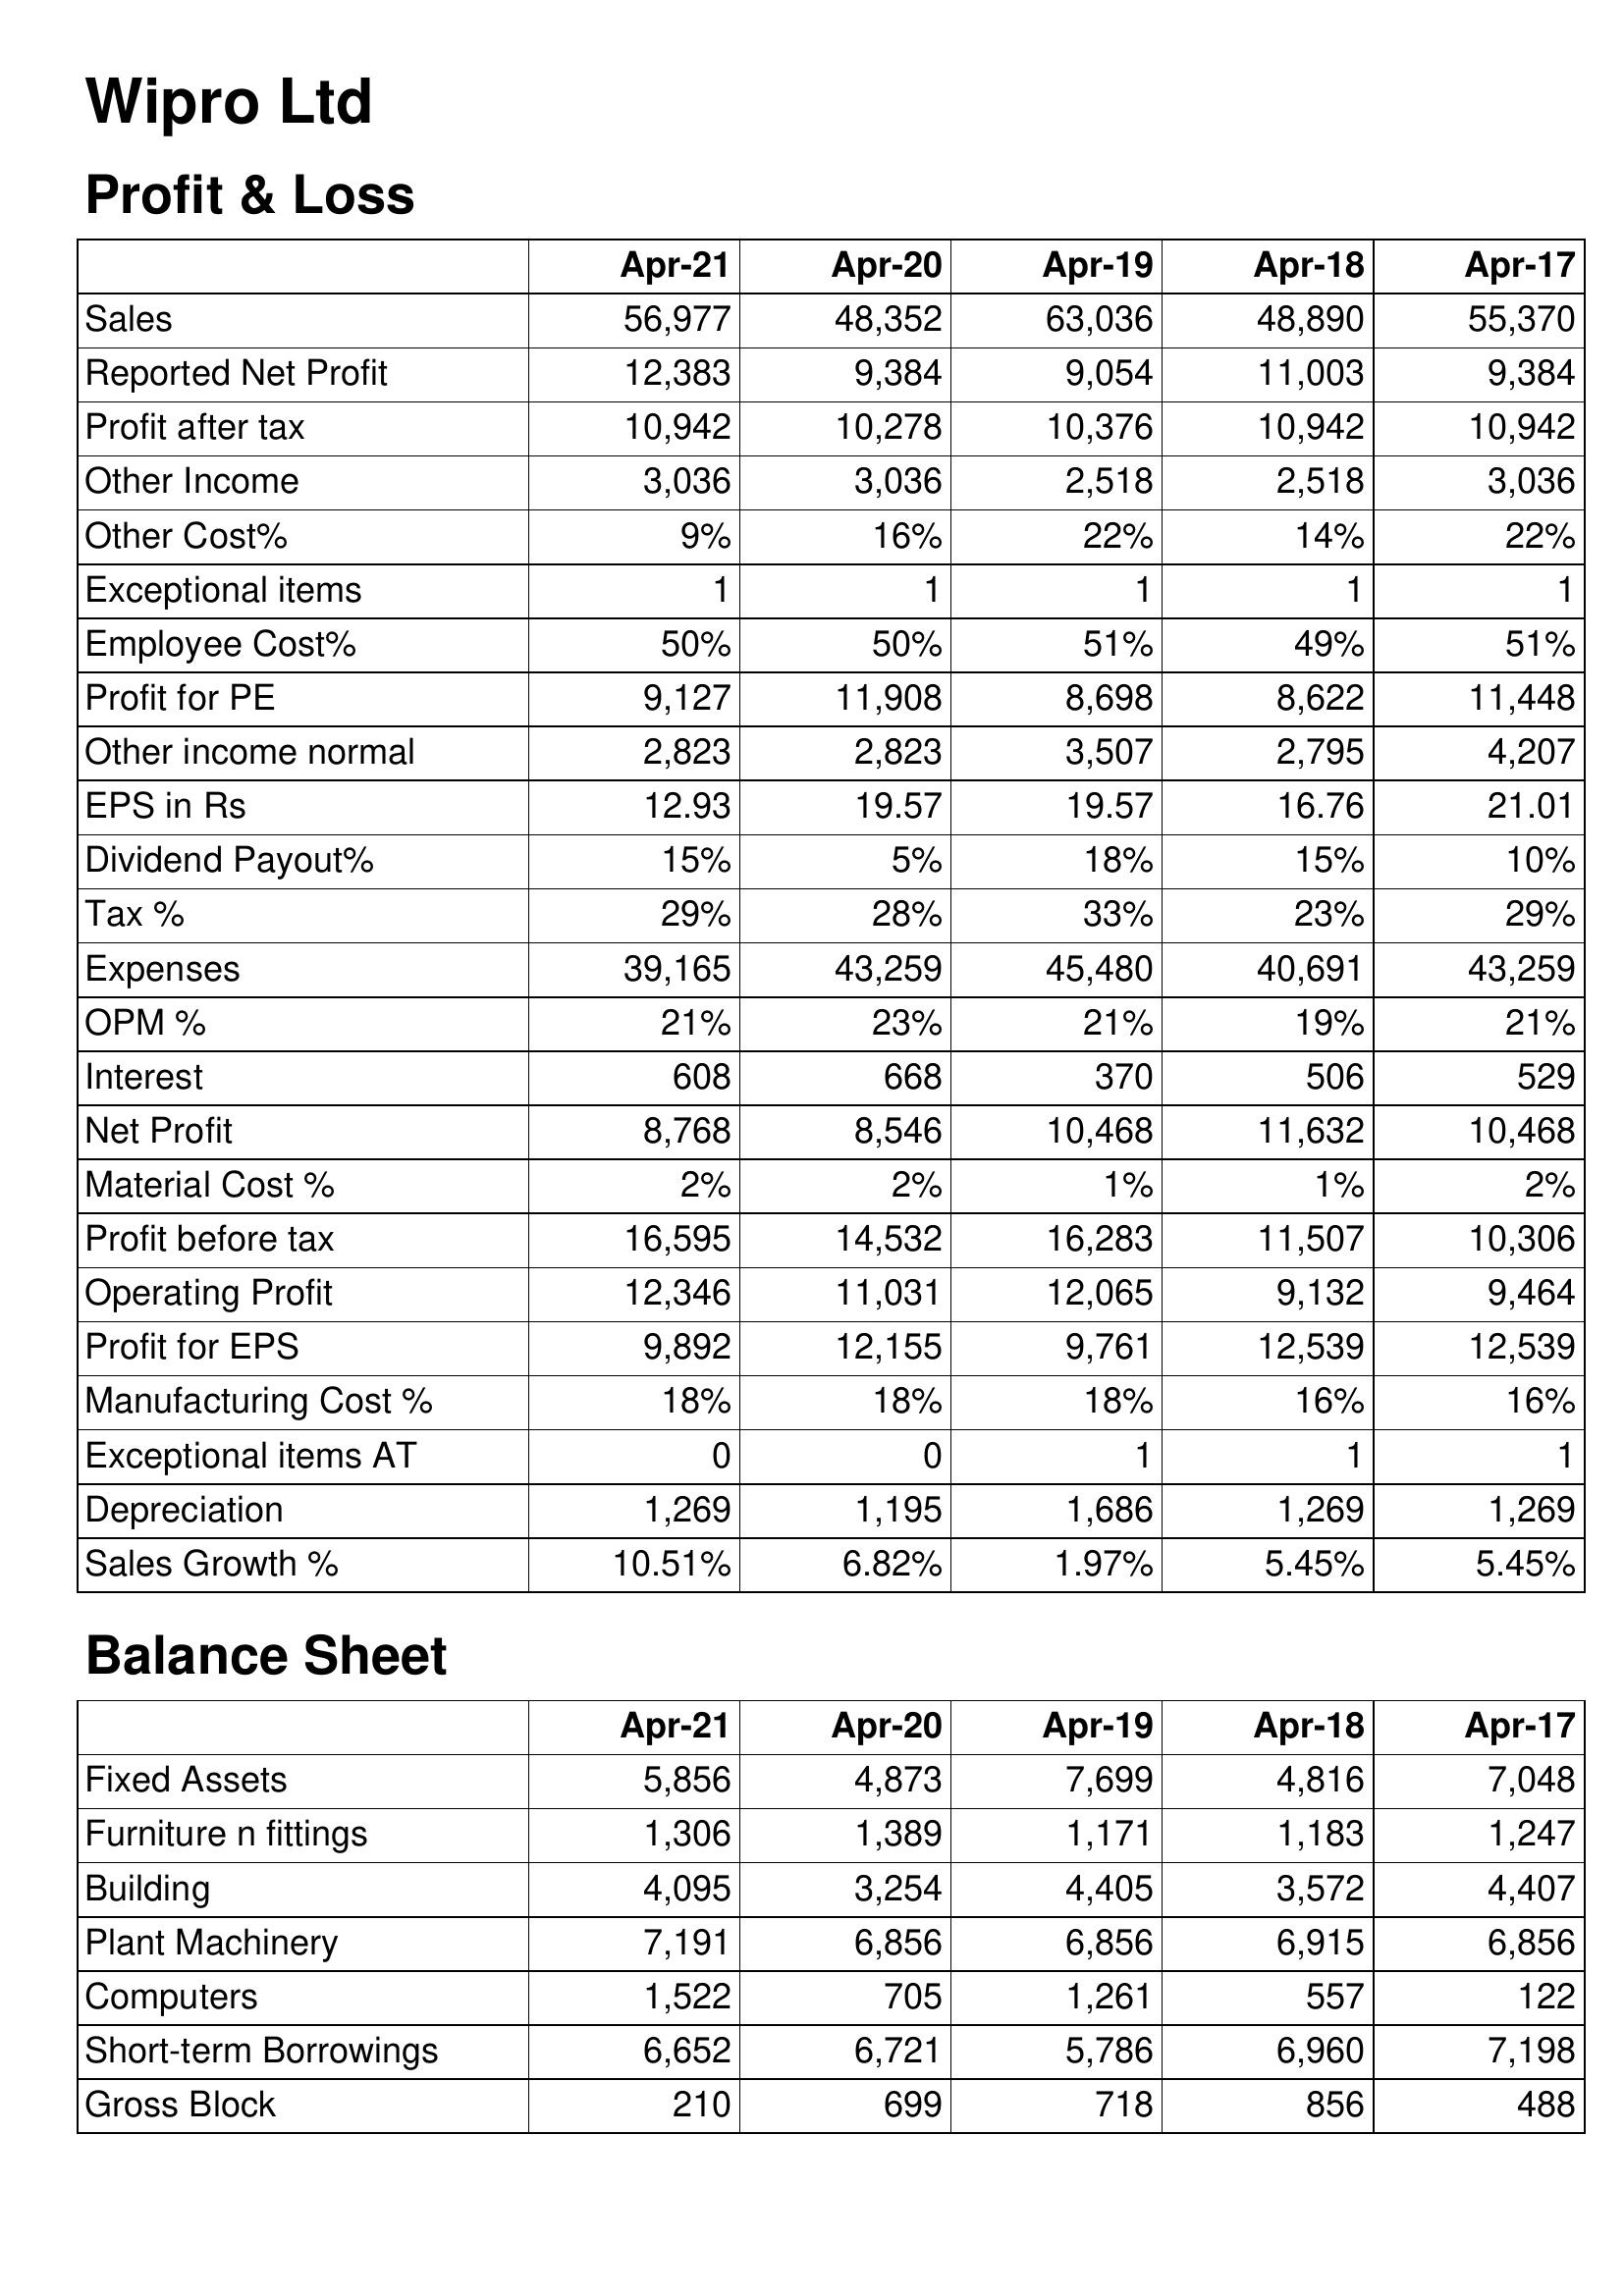
Apr-21: Profit & Loss: Sales: 56,977
Reported Net Profit: 12,383
Profit after tax: 10,942
Other Income: 3,036
Other Cost%: 9%
Exceptional items: 1
Employee Cost%: 50%
Profit for PE: 9,127
Other income normal: 2,823
EPS in Rs: 12.93
Dividend Payout%: 15%
Tax %: 29%
Expenses: 39,165
OPM %: 21%
Interest: 608
Net Profit: 8,768
Material Cost %: 2%
Profit before tax: 16,595
Operating Profit: 12,346
Profit for EPS: 9,892
Manufacturing Cost %: 18%
Exceptional items AT: 0
Depreciation: 1,269
Sales Growth %: 10.51%
Balance Sheet: Fixed Assets: 5,856
Furniture n fittings: 1,306
Building: 4,095
Plant Machinery: 7,191
Computers: 1,522
Short-term Borrowings: 6,652
Gross Block: 210
Apr-20: Profit & Loss: Sales: 48,352
Reported Net Profit: 9,384
Profit after tax: 10,278
Other Income: 3,036
Other Cost%: 16%
Exceptional items: 1
Employee Cost%: 50%
Profit for PE: 11,908
Other income normal: 2,823
EPS in Rs: 19.57
Dividend Payout%: 5%
Tax %: 28%
Expenses: 43,259
OPM %: 23%
Interest: 668
Net Profit: 8,546
Material Cost %: 2%
Profit before tax: 14,532
Operating Profit: 11,031
Profit for EPS: 12,155
Manufacturing Cost %: 18%
Exceptional items AT: 0
Depreciation: 1,195
Sales Growth %: 6.82%
Balance Sheet: Fixed Assets: 4,873
Furniture n fittings: 1,389
Building: 3,254
Plant Machinery: 6,856
Computers: 705
Short-term Borrowings: 6,721
Gross Block: 699
Apr-19: Profit & Loss: Sales: 63,036
Reported Net Profit: 9,054
Profit after tax: 10,376
Other Income: 2,518
Other Cost%: 22%
Exceptional items: 1
Employee Cost%: 51%
Profit for PE: 8,698
Other income normal: 3,507
EPS in Rs: 19.57
Dividend Payout%: 18%
Tax %: 33%
Expenses: 45,480
OPM %: 21%
Interest: 370
Net Profit: 10,468
Material Cost %: 1%
Profit before tax: 16,283
Operating Profit: 12,065
Profit for EPS: 9,761
Manufacturing Cost %: 18%
Exceptional items AT: 1
Depreciation: 1,686
Sales Growth %: 1.97%
Balance Sheet: Fixed Assets: 7,699
Furniture n fittings: 1,171
Building: 4,405
Plant Machinery: 6,856
Computers: 1,261
Short-term Borrowings: 5,786
Gross Block: 718
Apr-18: Profit & Loss: Sales: 48,890
Reported Net Profit: 11,003
Profit after tax: 10,942
Other Income: 2,518
Other Cost%: 14%
Exceptional items: 1
Employee Cost%: 49%
Profit for PE: 8,622
Other income normal: 2,795
EPS in Rs: 16.76
Dividend Payout%: 15%
Tax %: 23%
Expenses: 40,691
OPM %: 19%
Interest: 506
Net Profit: 11,632
Material Cost %: 1%
Profit before tax: 11,507
Operating Profit: 9,132
Profit for EPS: 12,539
Manufacturing Cost %: 16%
Exceptional items AT: 1
Depreciation: 1,269
Sales Growth %: 5.45%
Balance Sheet: Fixed Assets: 4,816
Furniture n fittings: 1,183
Building: 3,572
Plant Machinery: 6,915
Computers: 557
Short-term Borrowings: 6,960
Gross Block: 856
Apr-17: Profit & Loss: Sales: 55,370
Reported Net Profit: 9,384
Profit after tax: 10,942
Other Income: 3,036
Other Cost%: 22%
Exceptional items: 1
Employee Cost%: 51%
Profit for PE: 11,448
Other income normal: 4,207
EPS in Rs: 21.01
Dividend Payout%: 10%
Tax %: 29%
Expenses: 43,259
OPM %: 21%
Interest: 529
Net Profit: 10,468
Material Cost %: 2%
Profit before tax: 10,306
Operating Profit: 9,464
Profit for EPS: 12,539
Manufacturing Cost %: 16%
Exceptional items AT: 1
Depreciation: 1,269
Sales Growth %: 5.45%
Balance Sheet: Fixed Assets: 7,048
Furniture n fittings: 1,247
Building: 4,407
Plant Machinery: 6,856
Computers: 122
Short-term Borrowings: 7,198
Gross Block: 488